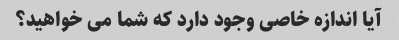
آیا اندازه خاصی وجود دارد که شما می خواهید؟